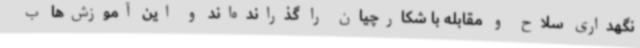
نگهداری سلاح و مقابله با شکارچیان را گذرانده‌اند و این آموزش‌ها ب